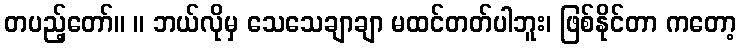
တပည့်တော်။ ။ ဘယ်လိုမှ သေသေချာချာ မထင်တတ်ပါဘူး၊ ဖြစ်နိုင်တာ ကတော့